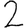
Digit: 2